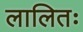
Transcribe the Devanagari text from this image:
लालितः